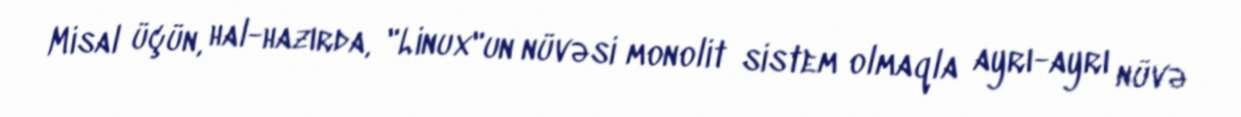
Misal üçün, hal-hazırda, "Linux"un nüvəsi monolit sistem olmaqla ayrı-ayrı nüvə